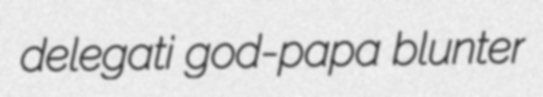
delegati god-papa blunter